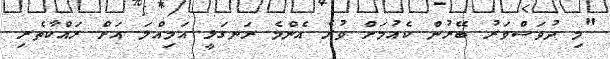
"މި ދުވަސްވަރު ބޭރުން ކެއުމަށް ވުރެ އެންމެ ރަނގަޅީ އަމިއްލަ އަށް ރައްކާތެރި